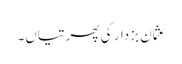
عثمان بزدار کی پھرتیاں۔